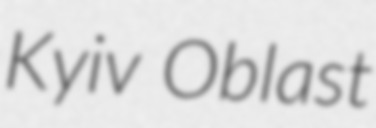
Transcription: Kyiv Oblast